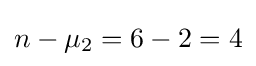
n-\mu _{2}=6-2=4